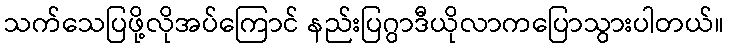
သက်သေပြဖို့လိုအပ်ကြောင် နည်းပြဂွာဒီယိုလာကပြောသွားပါတယ်။